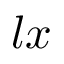
l x